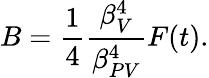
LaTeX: B=\frac{1}{4}\frac{\beta_{V}^{4}}{\beta_{PV}^{4}}F(t).